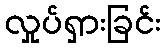
လှုပ်ရှားခြင်း